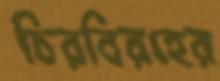
চিরবিরহের